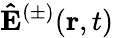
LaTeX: \mathbf{\hat{E}}^{(\pm)}(\mathbf{r},t)